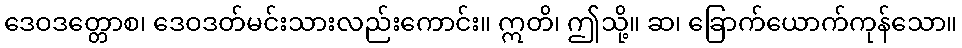
ဒေဝဒတ္တောစ၊ ဒေဝဒတ်မင်းသားလည်းကောင်း။ ဣတိ၊ ဤသို့။ ဆ၊ ခြောက်ယောက်ကုန်သော။